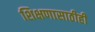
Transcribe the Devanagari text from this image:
शिक्षणासाठीही